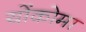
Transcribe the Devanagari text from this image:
योंकोमा